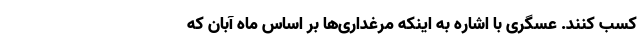
کسب کنند. عسگری با اشاره به اینکه مرغداری‌ها بر اساس ماه آبان که